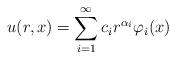
LaTeX: \begin{align*}u(r, x)= \sum_{i= 1}^{\infty} c_i r^{\alpha_i}\varphi_i(x) \end{align*}